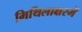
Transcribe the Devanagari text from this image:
मिथिलाक्षरमें